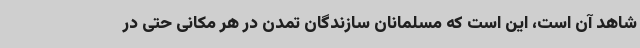
شاهد آن است، این است که مسلمانان سازندگان تمدن در هر مکانی حتی در